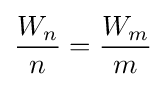
{\frac {W_{n}}{n}}={\frac {W_{m}}{m}}